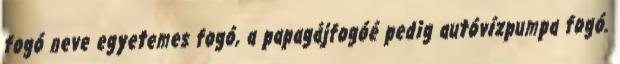
fogó neve egyetemes fogó, a papagájfogóé pedig autóvízpumpa fogó.